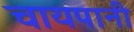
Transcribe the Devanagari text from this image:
चायपानी